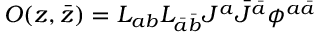
O ( z , \bar { z } ) = L _ { a b } L _ { \bar { a } \bar { b } } J ^ { a } \bar { J } ^ { \bar { a } } \phi ^ { a \bar { a } }